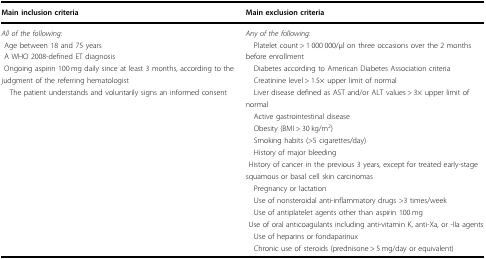
<table><thead><tr><td><b>Main inclusion criteria</b></td><td><b>Main exclusion criteria</b></td></tr></thead><tbody><tr><td><i>All of the following</i>: Age between 18 and 75 years A WHO 2008-defined ET diagnosis Ongoing aspirin 100 mg daily since at least 3 months, according to the judgment of the referring hematologist The patient understands and voluntarily signs an informed consent</td><td><i>Any of the following</i>: Platelet count &gt; 1 000 000/μl on three occasions over the 2 months before enrollment Diabetes according to American Diabetes Association criteria Creatinine level &gt; 1.5× upper limit of normal Liver disease defined as AST and/or ALT values &gt; 3× upper limit of normal Active gastrointestinal disease Obesity (BMI &gt; 30 kg/m<sup>2</sup>) Smoking habits (&gt;5 cigarettes/day) History of major bleeding History of cancer in the previous 3 years, except for treated early-stage squamous or basal cell skin carcinomas Pregnancy or lactation Use of nonsteroidal anti-inflammatory drugs &gt;3 times/week Use of antiplatelet agents other than aspirin 100 mg Use of oral anticoagulants including anti-vitamin K, anti-Xa, or -IIa agents Use of heparins or fondaparinux Chronic use of steroids (prednisone &gt; 5 mg/day or equivalent)</td></tr></tbody></table>